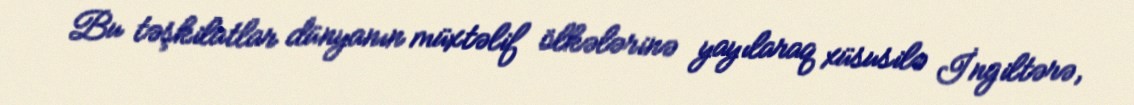
Bu təşkilatlar dünyanın müxtəlif ölkələrinə yayılaraq xüsusilə İngiltərə,